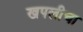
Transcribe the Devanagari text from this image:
खपलीचा